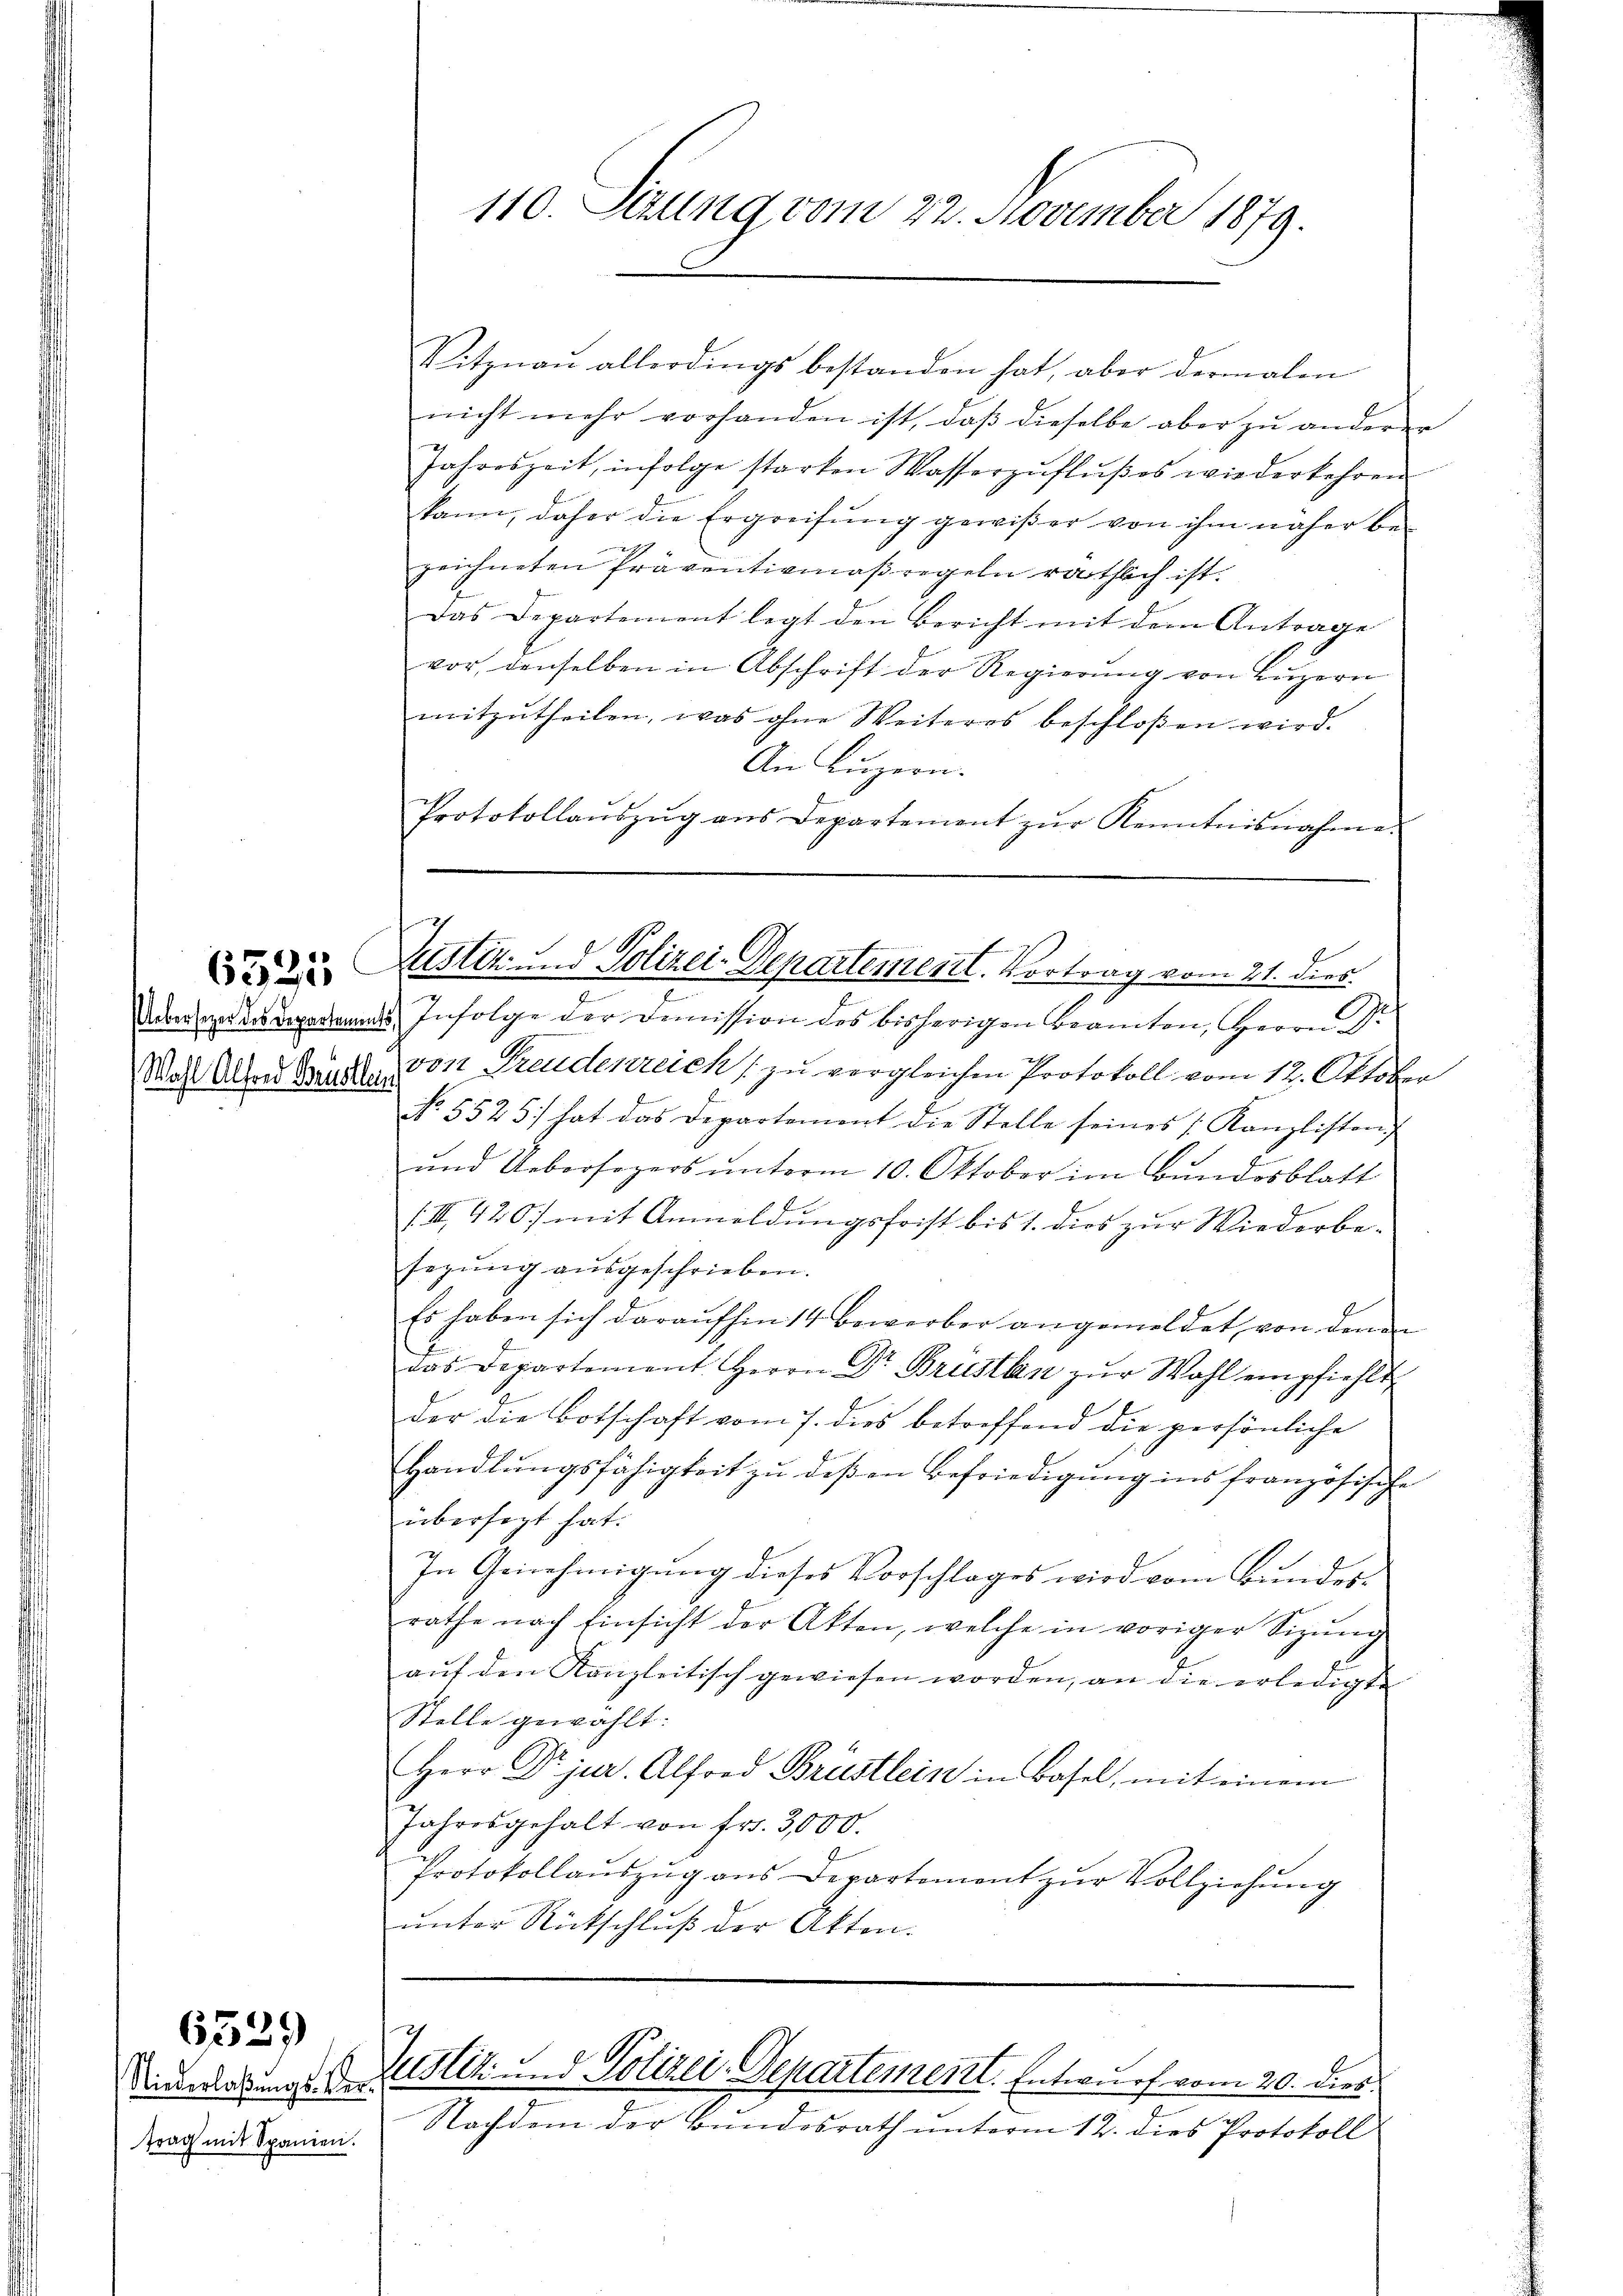
Wohl Alfred Brüstler

Niederlaßungs-Vertrag mit Spanien.

6529)

110. Sizung vom 22. November 1879.

Sitznau allerdings bestanden hat, aber dermalen
nicht mehr vorhanden ist, daβ dieselbe aber zŭ anderer
Jahreszeit, infolge starken Wasserzuflußes wiederkehren
kann, daher die Ergreifŭng gewißer von ihm näher be-
zeichneten Präventiamaßregeln räthlich ist.
Das Departement legt den Bericht mit dem Antrage
vor denselben in Abschrift der Regierŭng von Lŭzern
mitzutheilen, was ohne Weiteres beschloßen wird.
An Luzern.
Protokollaŭszŭg ans Departement zŭr Kenntnisnahme.

Adersendergermals Infolge der Demission des bisherigen Beamten, Herrn Dr
von Freudenreich zu vergleichen Protokoll vom 12. Oktober
No. 5525 hat das Departement die Stelle seines Kanzlisten,
ŭnd Uebersezers ŭnterm 10. Oktober im Bŭndesblatt
(III 420.) mit Anmeldungsfrist bis 1. dies zur Wiederbesegŭng aŭsgeschrieben.
Es haben sich daraufhin 14 bewerber angemeldet, von denen
das Departement Herrn Dr. Brustlen zur Wahl empfiehlt,
der die Botschaft vom 7. dies betreffend die persönliche
Handlŭngsfähigkeit zŭ deβen Befriedigŭng ins französische
übersagt hat.
In Genehmigung dieses Vorschlages wird vom Bundesrathe nach Einsicht der Akten, welche in voriger Sizŭng
aŭf den Kanzleitisch gewiesen worden, an die erledigte
Stelle gewählt:
Herr Dr jur. Alfred Brüstlein in Basel, mit einem
Jahresgehalt von fr. 3,000.
Protokollauszug aus Departement zur Vollziehung
unter Rückschluß der Akten.

do 25. Justiz und Polizei-Departement. Vortrag vom 21. ders.

Justiz u. v. Polizei-Departement. Entwurf vom 20. dies
Nachdem der Bundesrath unterm 12. dies Protokoll